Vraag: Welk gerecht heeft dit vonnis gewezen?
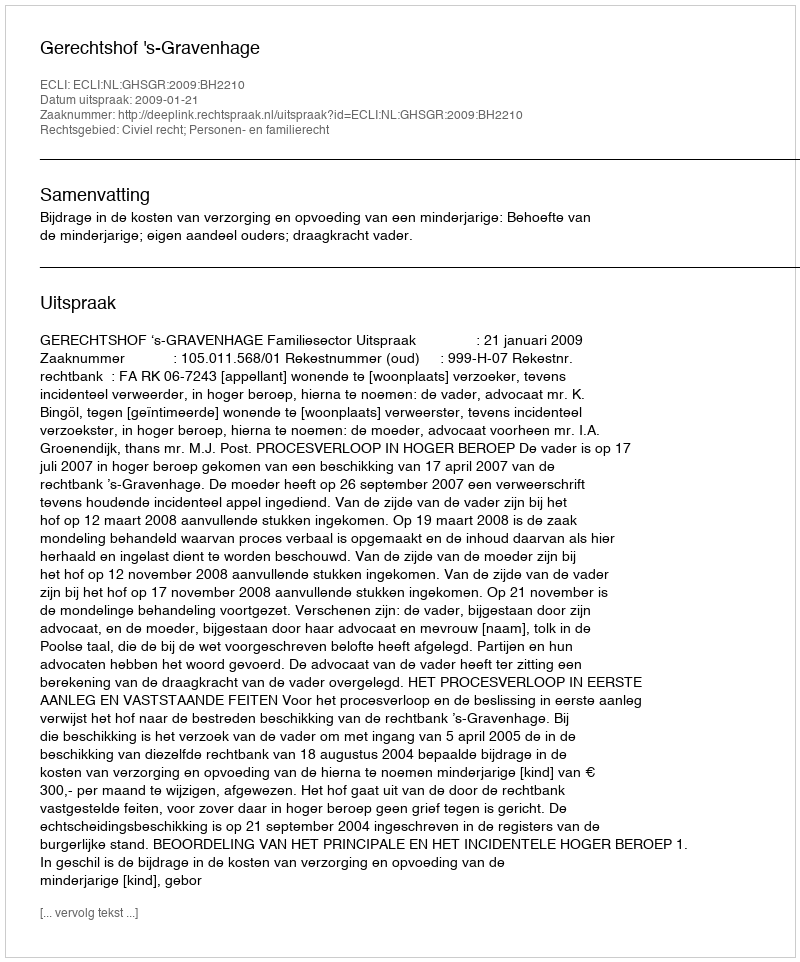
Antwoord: Gerechtshof 's-Gravenhage